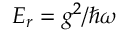
E _ { r } = g ^ { 2 } / \hbar \omega